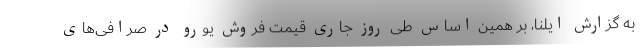
به گزارش ایلنا، بر همین‌ اساس طی روز جاری قیمت فروش یورو در صرافی‌های